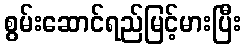
စွမ်းဆောင်ရည်မြင့်မားပြီး